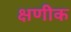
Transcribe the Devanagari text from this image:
क्षणीक